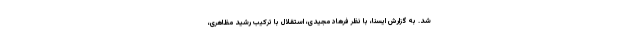
شد. به گزارش ایسنا، با نظر فرهاد مجیدی، استقلال با ترکیب رشید مظاهری،